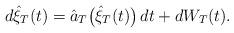
LaTeX: \begin{align*} d\hat{\xi}_T (t)=\hat{a}_T \bigl(\hat{\xi}_T(t) \bigr)\,dt+dW_T(t).\end{align*}